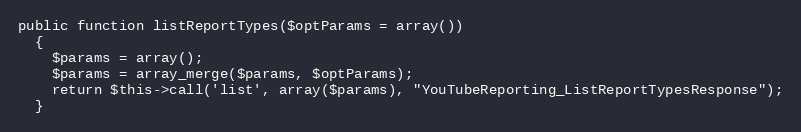
Language: PHP
public function listReportTypes($optParams = array())
  {
    $params = array();
    $params = array_merge($params, $optParams);
    return $this->call('list', array($params), "YouTubeReporting_ListReportTypesResponse");
  }